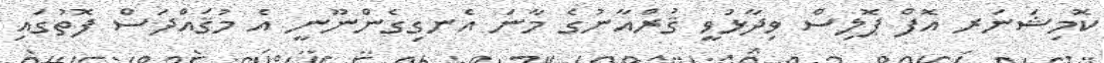
ކޮމިޝަނަރ އޮފް ޕޮލިސް ވިދާޅުވީ ޤުރްއާނުގެ މާނަ އެނގިގެންނޫނީ އެ މުޤައްދަސް ފޮތުގައި